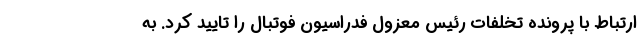
ارتباط با پرونده تخلفات رئیس معزول فدراسیون فوتبال را تایید کرد. به